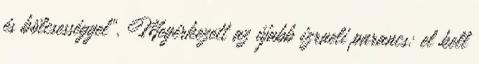
és bölcsességgel". Megérkezett az újabb izraeli parancs: el kell